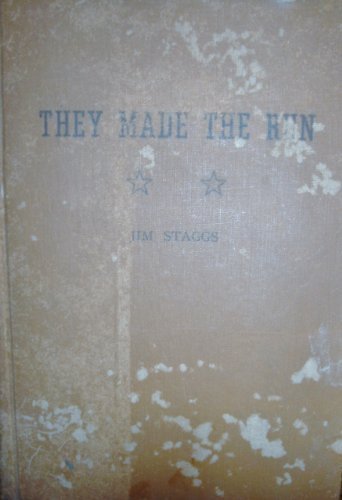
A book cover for They made the run; Jim Staggs; Travel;